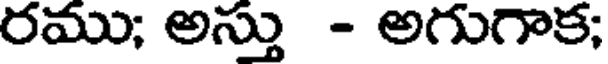
రము; అస్తు - అగుగాక;